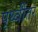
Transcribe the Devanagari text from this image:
पृथ्वीतर